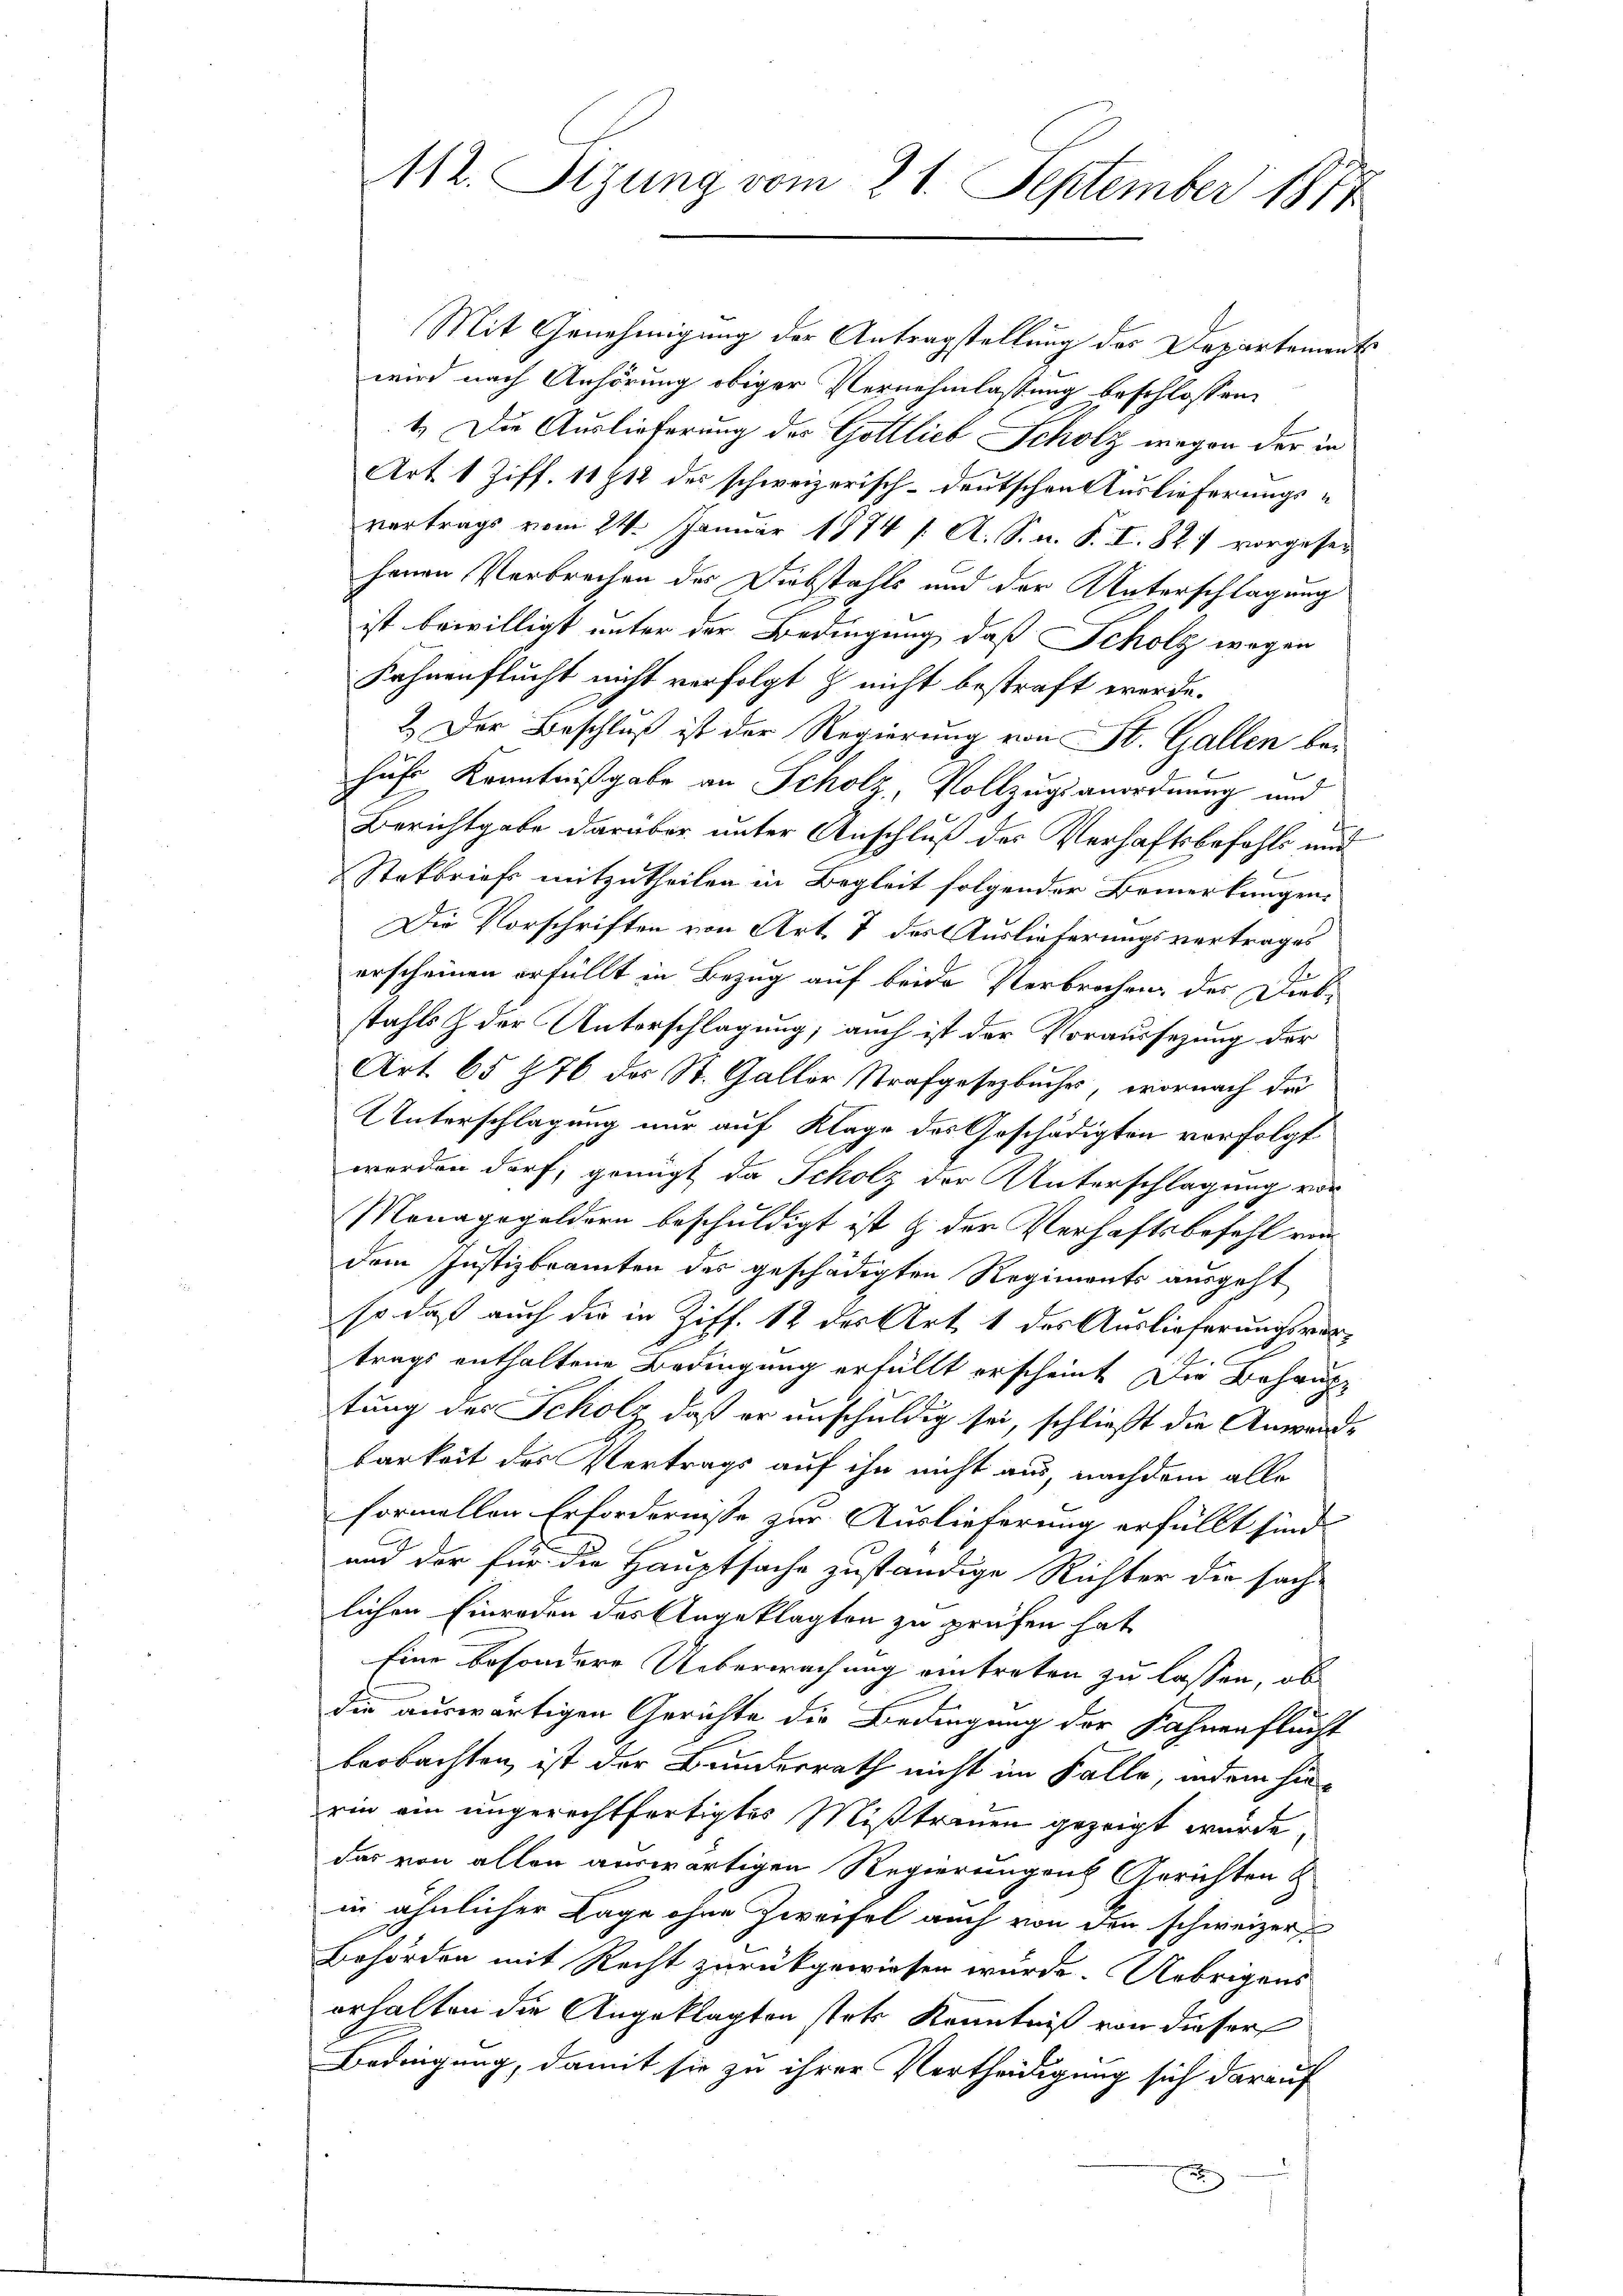
Mit Genehmigung der Antragstellung des Departement
wird nach Anhörung obiger Vernehmlassung beschlossen:
1.) Die Auslieferung des Gottlieb Scholz wegen der in
Art. 1 Ziff. 11712 des schweizerisch-deutschen Auslieferungsvertrags vom 24. Januar 1874 /. A. S. n. F. I. 841 vorgeset
henen Verbrechen des Diebstahls und der Unterschlagung
ist bewilligt unter der Bedingung, daß Scholz wegen
Kahnenflucht nicht verfolgt & nicht bestraft werde.
2. Der Beschluß ist der Regierung von St. Gallen bei
hufs Kenntnißgabe an Scholz, Vollzugs anordnung und
Berichtgabe darüber unter Anschluß des Verhaftsbefehls und
Stakbriefs mitzutheilen in Begleit folgender Bemerkungen
Die Vorschriften von Art. 7 des Auslieferungsvertrages
erscheinen erfüllt in Bezug auf beide Verbrechen des Diebstahls & der Unterschlagung; auch ist der Voraussezung der
Art. 65 976 des St. Galler Strafgesetzbuches, wornach de
Unterschlagung nur auf Klage des Geschädigten vorfolgt
worden darf, genügt da Scholz der Unterschlagung vor
Menagegeldern beschuldigt ist & der Verhaftsbefehl von
dem Justizbeamten der geschädigten Regiments ausgeht
so daß auch die in Ziff. 12 der Art 1 des Auslieferungsvertrags enthaltene Bedingung erfüllt erscheint. Die Behauptung des Scholz, daß er unschuldig sei, schließt die Anwende
barkeit des Vertrags auf ihn nicht aus, nachdem alle
formellen Erfordernisse zur Auslieferung erfüllt sind.
.
und der für die Hauptsache zuständige Richter die sach-
lichen Einreden des Angeklagten zu prüfen hat
Eine besondere Ueberwachung eintreten zu lassen, ob
die auswärtigen Gerichte die Bedingung der Fahnenflucht
beobachten, ist der Bunderrath nicht im Falle, indem hin-
rin ein ungerechtfertigtes Mißtrauen gezeigt wurde,
das von allen auswärtigen Regierungen Gerichten &
in ähnlicher Lage ohne Zweifel auch von den schweizer
Behörden mit Recht zurückgewiesen würde. Uebrigens
erhalten die Angeklagten stets Kenntniß von dieser
Bedingung, damit sie zu ihrer Vertheidigung sich darauf
x

112. Sizung vom 21. September 1877